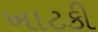
ખાટકી